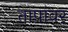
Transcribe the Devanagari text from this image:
तापांवर